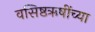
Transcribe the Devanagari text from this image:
वसिष्ठऋषींच्या